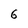
Character: 6